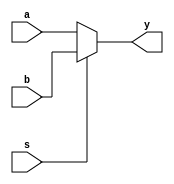
module mux2_64 (a, b, s, y);
    input s;
    input[63:0] a, b;

    output[63:0] y;

    assign y = s ? b : a;
endmodule

module mux2_129 (a, b, s, y);
    input s;
    input[128:0] a, b;

    output[128:0] y;
    assign y = s ? b : a;
endmodule